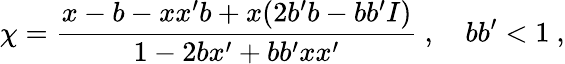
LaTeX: \chi=\frac{x-b-xx^{\prime}b+x(2b^{\prime}b-bb^{\prime}I)}{1-2bx^{\prime}+bb^{\prime}xx^{\prime}}~,~~~~bb^{\prime}<1~,